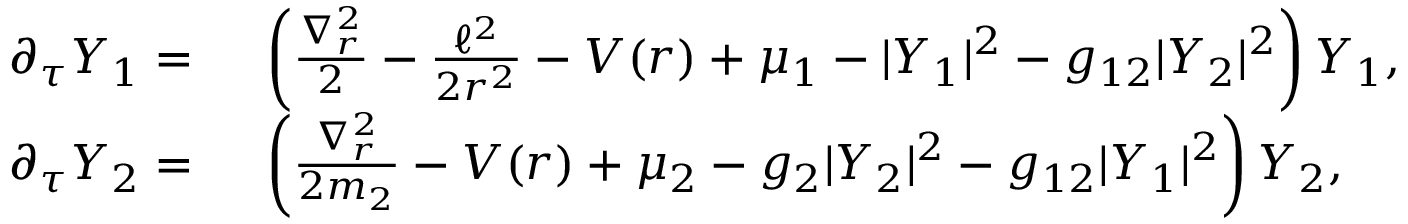
\begin{array} { r l } { \partial _ { \tau } Y _ { 1 } = } & { { } \ \left( \frac { \nabla _ { r } ^ { 2 } } { 2 } - \frac { \ell ^ { 2 } } { 2 r ^ { 2 } } - V ( r ) + \mu _ { 1 } - | Y _ { 1 } | ^ { 2 } - g _ { 1 2 } | Y _ { 2 } | ^ { 2 } \right) Y _ { 1 } , } \\ { \partial _ { \tau } Y _ { 2 } = } & { { } \ \left( \frac { \nabla _ { r } ^ { 2 } } { 2 m _ { 2 } } - V ( r ) + \mu _ { 2 } - g _ { 2 } | Y _ { 2 } | ^ { 2 } - g _ { 1 2 } | Y _ { 1 } | ^ { 2 } \right) Y _ { 2 } , } \end{array}